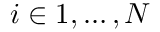
i \in { 1 , \dots , N }